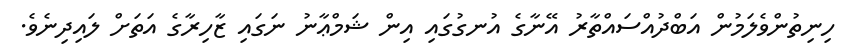
ހިނިތުންވެލަމުން އަބްދުއްސައްތާރު އޭނާގެ އުނގުގައި އިން ޝަމްޢާނު ނަގައި ޒާހިރާގެ އަތަށް ލައިދިނެވެ.